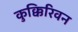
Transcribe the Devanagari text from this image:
कुक्किरिवन